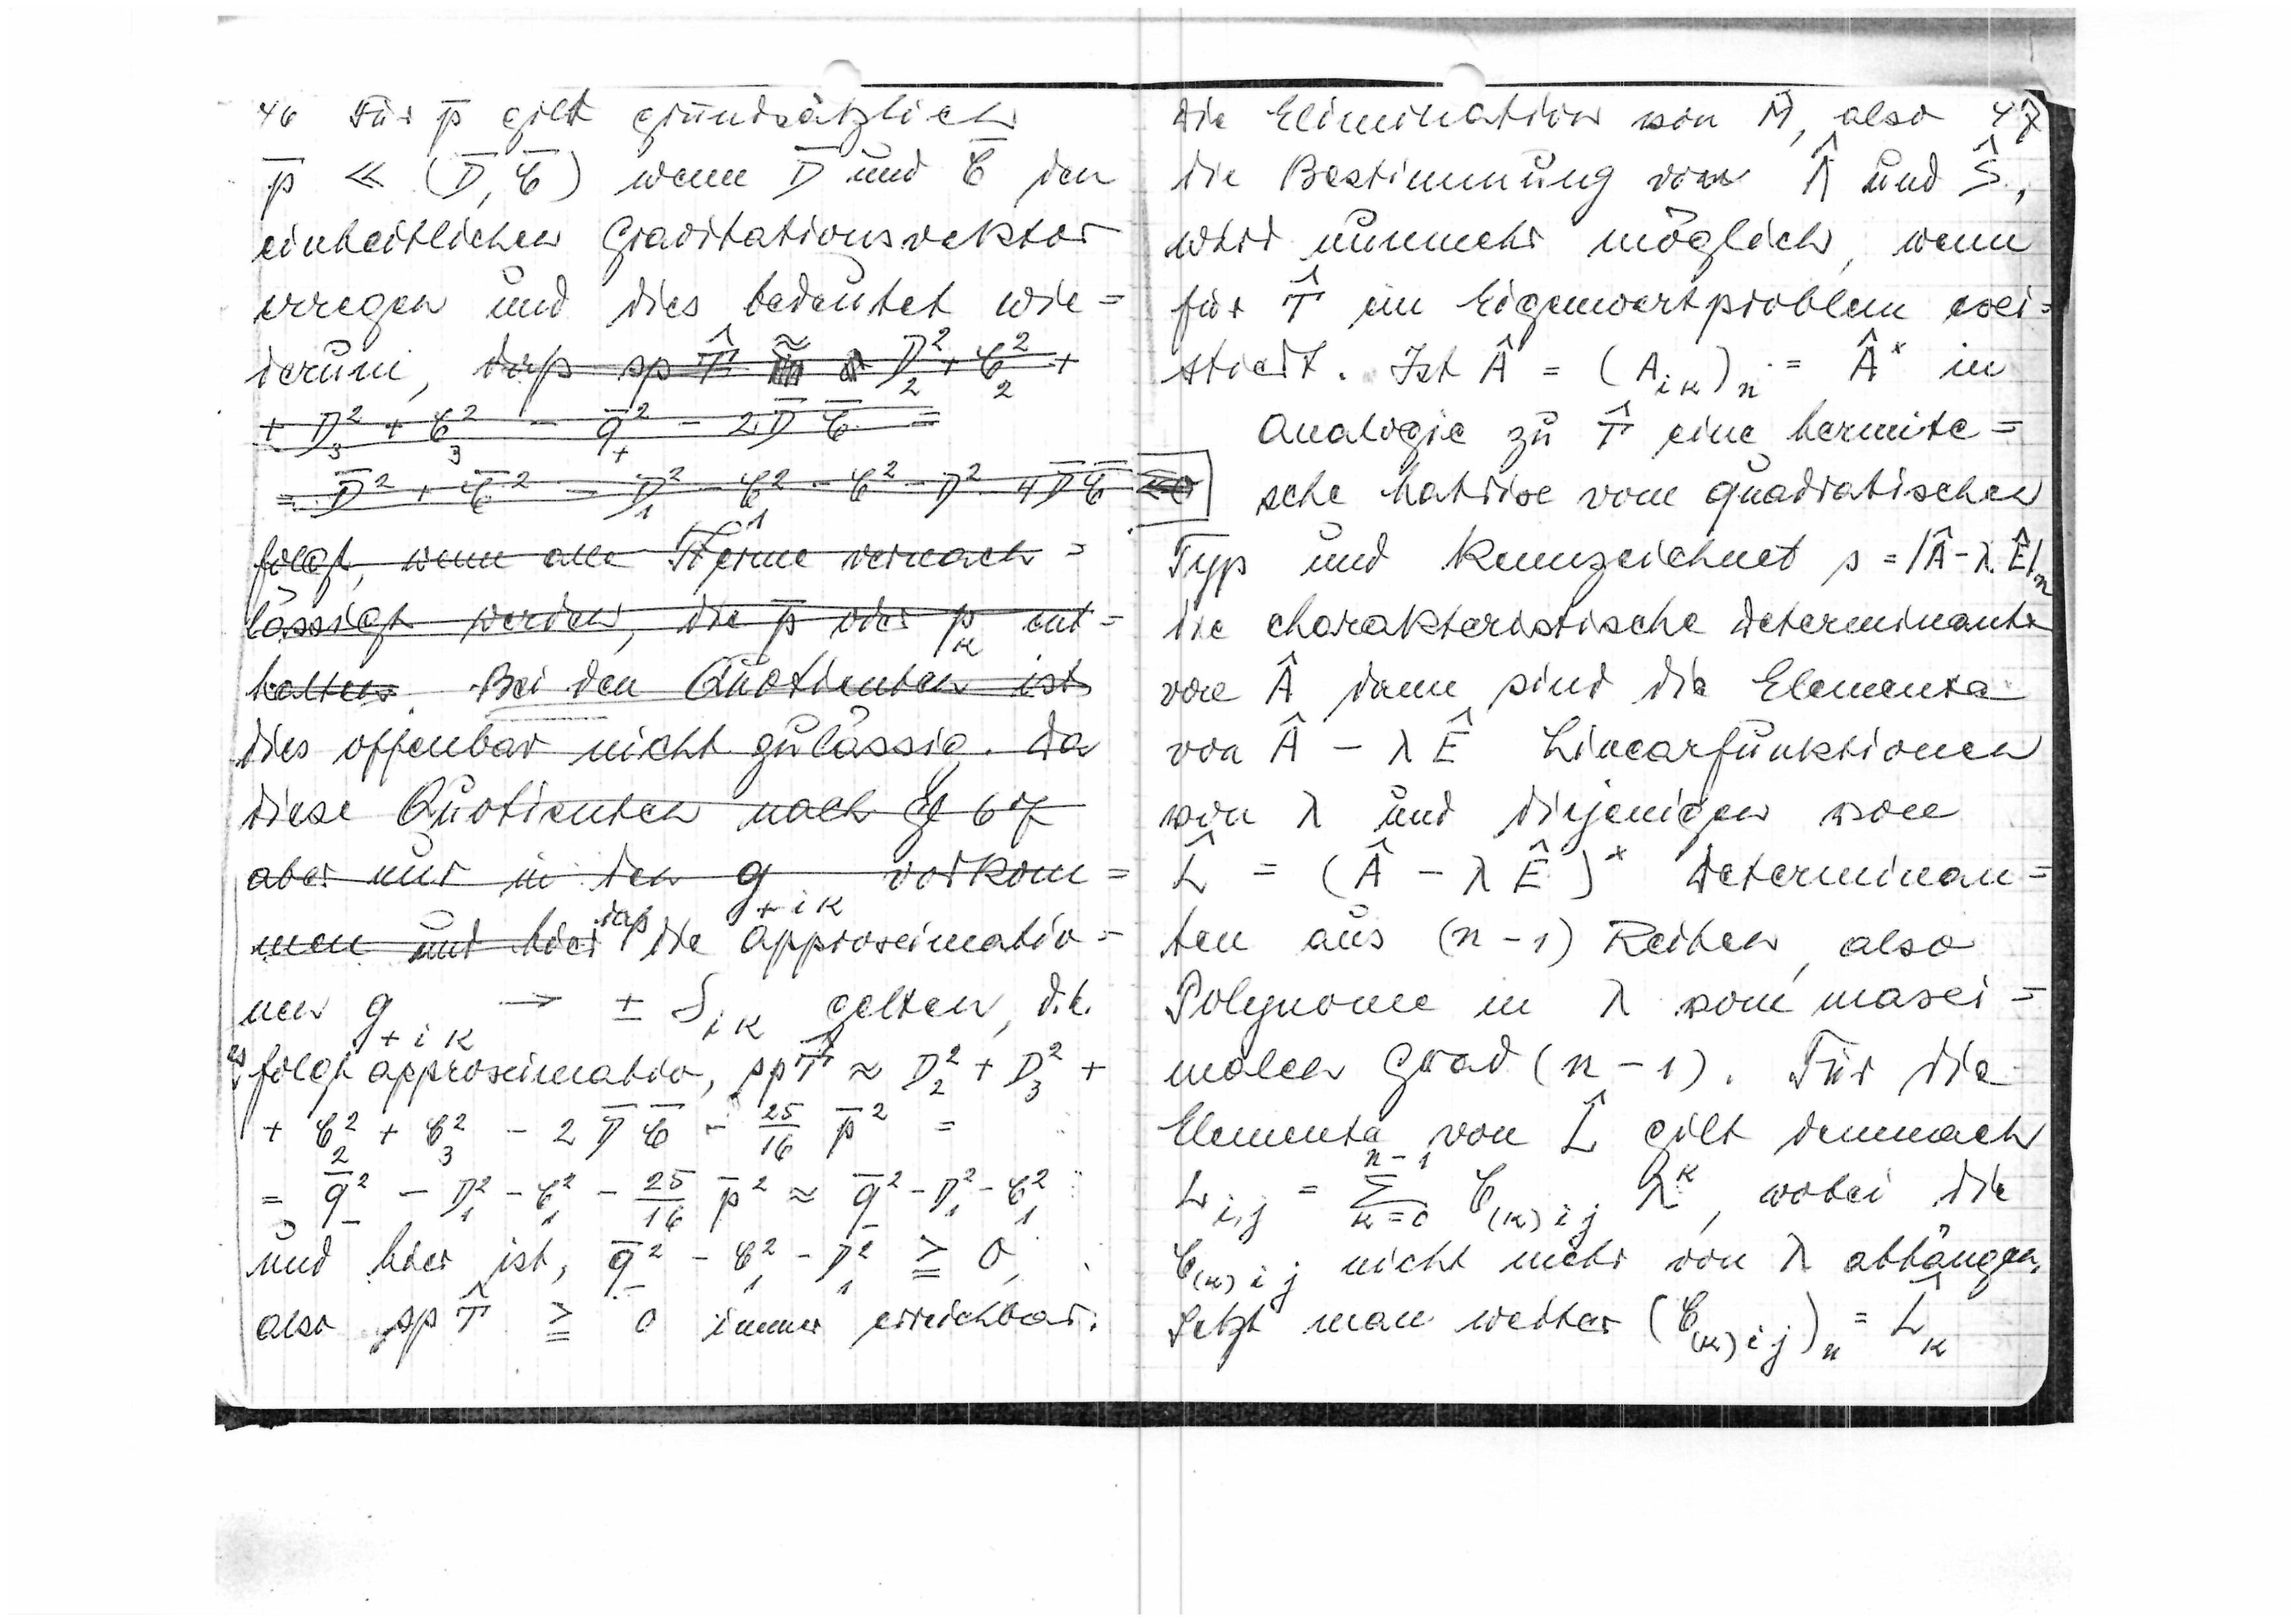
46
Für p gilt grundsätzlich

wenn

und

den
einheitlichen Gravitationsvektor
erregen und die bedeutet wie=
derum,

daß die Approximatio=
nen

gelten, d.h.
es folgt approximativ

und hier ist
immer erreichbar
also

Die Elimination von

also
47
die Bestimmung von

und

wird nunmehr möglich, wenn
für

ein Eigenwertproblem exi?
stiert. Ist

in
Analogie zu

eine hermiti=

sche Matrix vom quadratischen
Typ und kennzeichnet

die charakteristische Determinante
von

dann sind die Elemente
von

Linearfunktionen
von λ und diejenigen von

Determinan
ten aus (n-1) Reihen, also
Polynome in λ vom maxi
malen Grad (n-1). Für die
Elemente von

gilt demnach

wobei die

nicht mehr von λ abhängen
Setzt man weiter